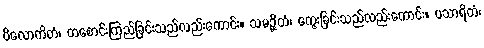
ဝိလောကိတံ၊ တစောင်းကြည်ခြင်းသည်လည်းကောင်း။ သမဉ္ဆိတံ၊ ကွေးခြင်းသည်လည်းကောင်း။ ပသာရိတံ၊